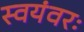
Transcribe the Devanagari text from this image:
स्वयंवरः